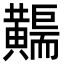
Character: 𪏣